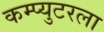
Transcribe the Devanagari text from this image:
कम्प्युटरला